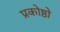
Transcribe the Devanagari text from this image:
प्रकोष्ठो